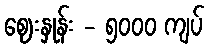
ဈေးနှုန်း - ၅၀၀၀ ကျပ်